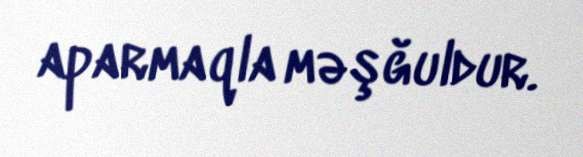
aparmaqla məşğuldur.